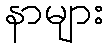
နာများ